Vaccine operations Central Provinces & Berar 1922-1929 - 1922-1929
Year: 1922
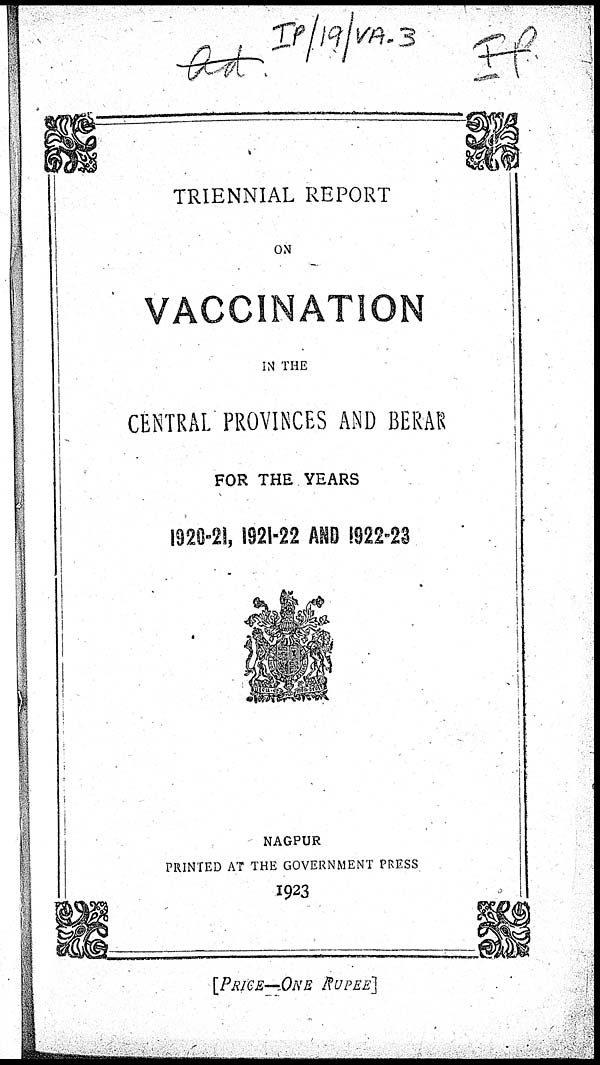
TRIENNIAL REPORT
ON
VACCINATION
IN THE
CENTRAL PROVINCES AND BERAR
FOR THE YEARS
1920-21, 1921-22 AND 1922-23
NAGPUR
PRINTED AT THE GOVERNMENT PRESS
1923
[PRICE—ONE RUPEE]